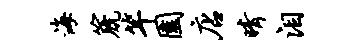
海篪竿园店晴泪